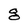
Character: g